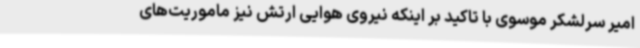
امیر سرلشکر موسوی با تاکید بر اینکه نیروی هوایی ارتش نیز ماموریت‌های